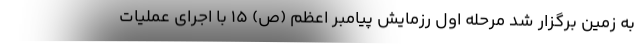
به زمین برگزار شد مرحله اول رزمایش پیامبر اعظم (ص) ۱۵ با اجرای عملیات